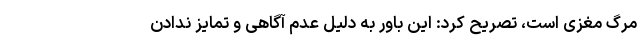
مرگ مغزی است،‌ تصریح کرد: این باور به دلیل عدم آگاهی و تمایز ندادن